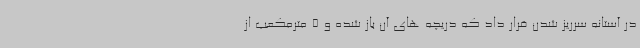
در آستانه سرریز شدن قرار داد که دریچه های آن باز شده و 5 مترمکعب از